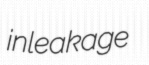
inleakage